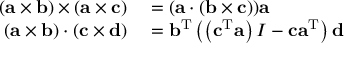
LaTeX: \begin{array} { r l } { ( \mathbf { a } \times \mathbf { b } ) \times ( \mathbf { a } \times \mathbf { c } ) } & { { } = ( \mathbf { a } \cdot ( \mathbf { b } \times \mathbf { c } ) ) \mathbf { a } } \\ { ( \mathbf { a } \times \mathbf { b } ) \cdot ( \mathbf { c } \times \mathbf { d } ) } & { { } = \mathbf { b } ^ { \mathrm { T } } \left( \left( \mathbf { c } ^ { \mathrm { T } } \mathbf { a } \right) I - \mathbf { c } \mathbf { a } ^ { \mathrm { T } } \right) \mathbf { d } } \end{array}